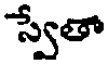
స్వేతా